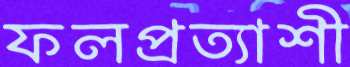
ফলপ্রত্যাশী